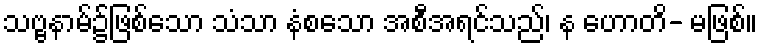
သဗ္ဗနာမ်၌ဖြစ်သော သံသာ နံစသော အစီအရင်သည်၊ န ဟောတိ- မဖြစ်။